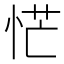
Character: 恾